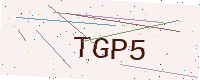
Text: TGP5